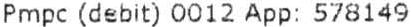
PMPC (DEBIT) 0012 APP: 578149